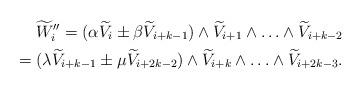
LaTeX: \begin{align*} \widetilde W''_i = (\alpha \widetilde V_i \pm \beta \widetilde V_{i+k-1}) \wedge \widetilde V_{i+1}\wedge \ldots \wedge \widetilde V_{i+k-2} \\=(\lambda \widetilde V_{i+k-1} \pm \mu \widetilde V_{i+2k-2}) \wedge \widetilde V_{i+k}\wedge \ldots \wedge \widetilde V_{i+2k-3}.\end{align*}